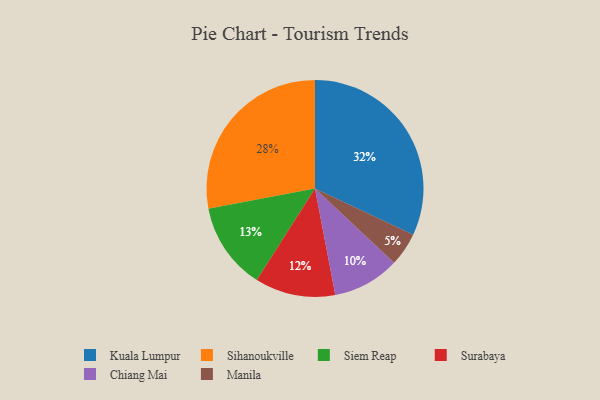
{"axis": {"x": "Category", "y": "Percentage"}, "legend": ["Chiang Mai", "Kuala Lumpur", "Manila", "Siem Reap", "Sihanoukville", "Surabaya"], "data": [{"x": "Manila", "y": 5, "type": "Manila"}, {"x": "Chiang Mai", "y": 10, "type": "Chiang Mai"}, {"x": "Surabaya", "y": 12, "type": "Surabaya"}, {"x": "Kuala Lumpur", "y": 32, "type": "Kuala Lumpur"}, {"x": "Sihanoukville", "y": 28, "type": "Sihanoukville"}, {"x": "Siem Reap", "y": 13, "type": "Siem Reap"}]}